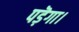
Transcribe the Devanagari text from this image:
पड़ॆगा।